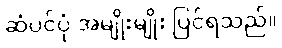
ဆံပင်ပုံ အမျိုးမျိုး ပြင်ရသည်။